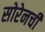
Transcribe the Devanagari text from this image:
सोरेनची